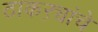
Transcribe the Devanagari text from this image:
ठाकऱ्यांचे